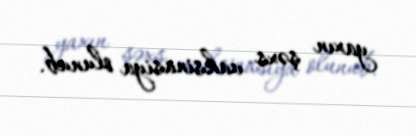
yaxın şəxs vaksinasiya olunub.